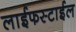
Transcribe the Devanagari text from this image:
लाईफस्टाईल